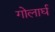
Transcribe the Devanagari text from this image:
गोलार्घ